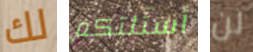
لك أسئلتكم لن